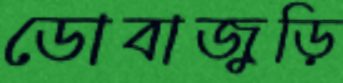
ডোবাজুড়ি